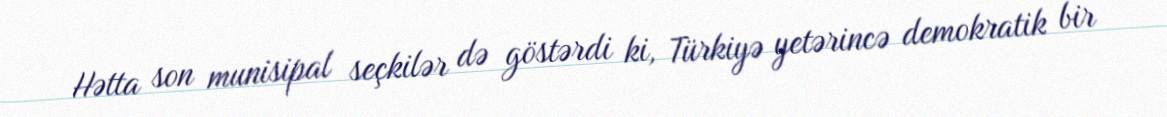
Hətta son munisipal seçkilər də göstərdi ki, Türkiyə yetərincə demokratik bir